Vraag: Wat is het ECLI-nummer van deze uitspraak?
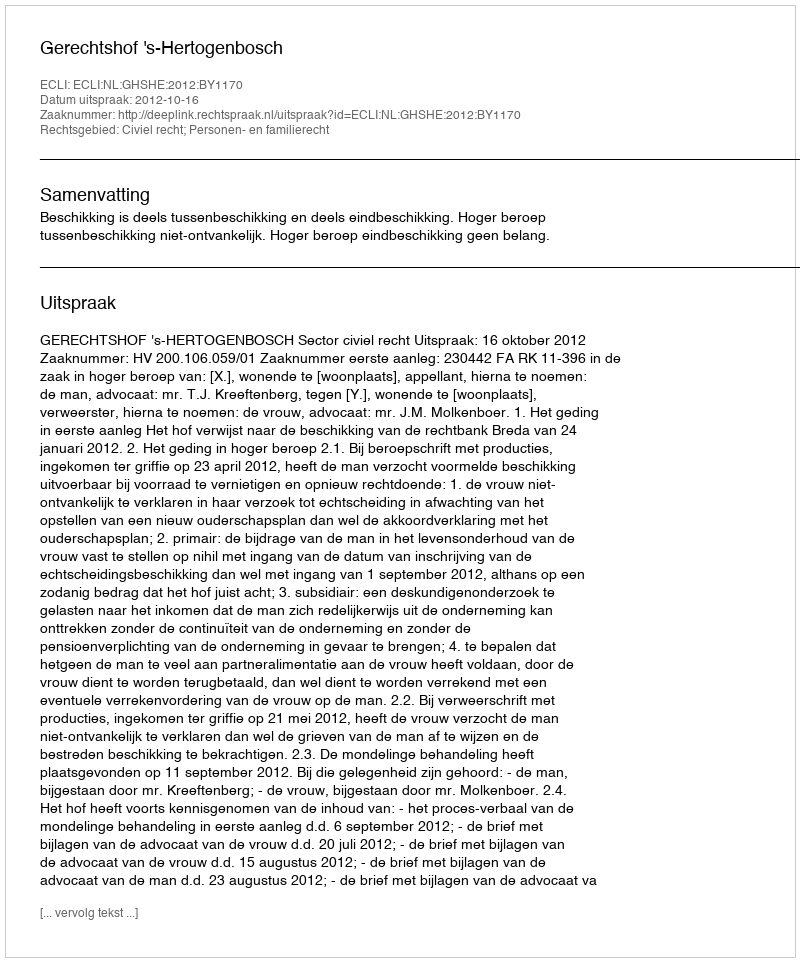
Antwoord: ECLI:NL:GHSHE:2012:BY1170